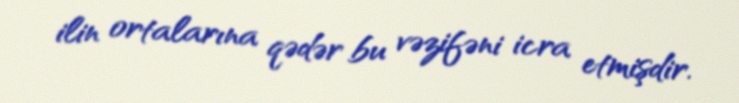
ilin ortalarına qədər bu vəzifəni icra etmişdir.